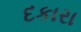
દકારા